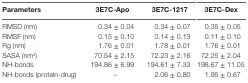
| Parameters | 3E7C-Apo | 3E7C-1217 | 3E7C-Dex |
 | --- | --- | --- | --- |
 | RMSD (nm) | 0.34 ± 0.04 | 0.34 ± 0.07 | 0.35 ± 0.05 |
 | RMSF (nm) | 0.15 ± 0.10 | 0.14 ± 0.13 | 0.11 ± 0.10 |
 | Rg (nm) | 1.76 ± 0.01 | 1.78 ± 0.01 | 1.76 ± 0.01 |
 | SASA (nm2) | 70.54 ± 2.15 | 72.23 ± 2.16 | 72.25 ± 2.04 |
 | NH-bonds | 194.86 ± 6.99 | 194.61 ± 7.33 | 198.67 ± 11.05 |
 | NH-bonds (protein-drug) | – | 2.06 ± 0.80 | 1.95 ± 0.67 |